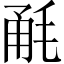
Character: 𣭲